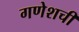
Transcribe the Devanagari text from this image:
गणेशची